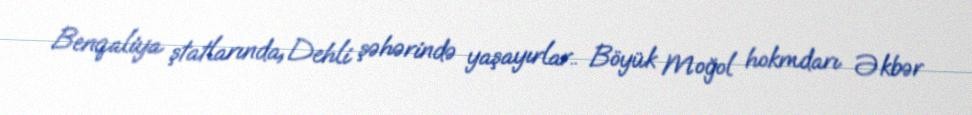
Benqaliya ştatlarında, Dehli şəhərində yaşayırlar.. Böyük Moğol hokmdarı Əkbər